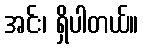
အင်း၊ ရှိပါတယ်။